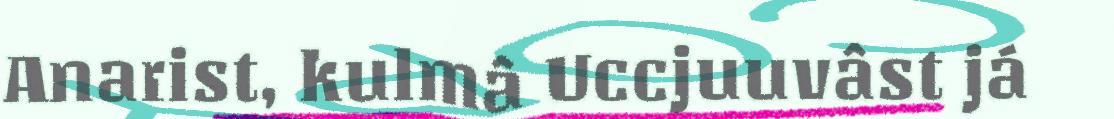
Anarist, kulmâ Uccjuuvâst já